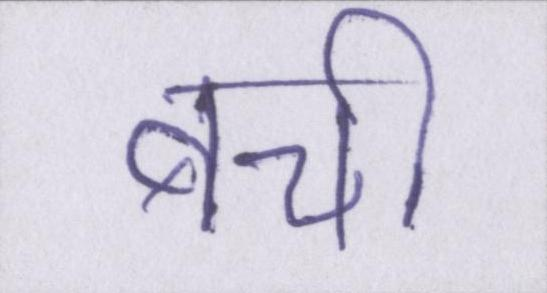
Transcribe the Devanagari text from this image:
बची